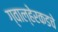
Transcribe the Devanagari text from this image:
ग्वाल्हेरकडचे